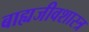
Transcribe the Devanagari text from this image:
बाह्यजीवशास्त्र